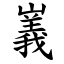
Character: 㠖